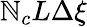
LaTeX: \mathbb{N}_{c}L\Delta\xi